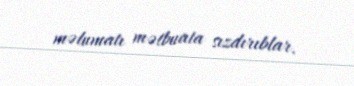
məlumatı mətbuata sızdırıblar.